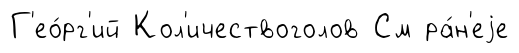
Г'ео́рг'ий Кол'ичествоголов См ра́н'еjе